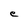
Character: e